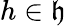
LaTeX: h\in{\mathfrak{h}}